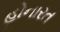
હોનારત